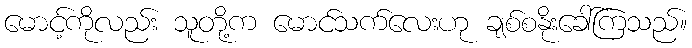
မောင့်ကိုလည်း သူတို့က မောင်သက်လေးဟု ချစ်စနိုးခေါ်ကြသည်။